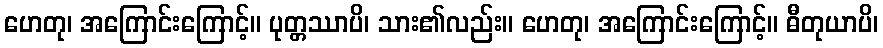
ဟေတု၊ အကြောင်းကြောင့်။ ပုတ္တဿာပိ၊ သား၏လည်း။ ဟေတု၊ အကြောင်းကြောင့်။ ဓီတုယာပိ၊